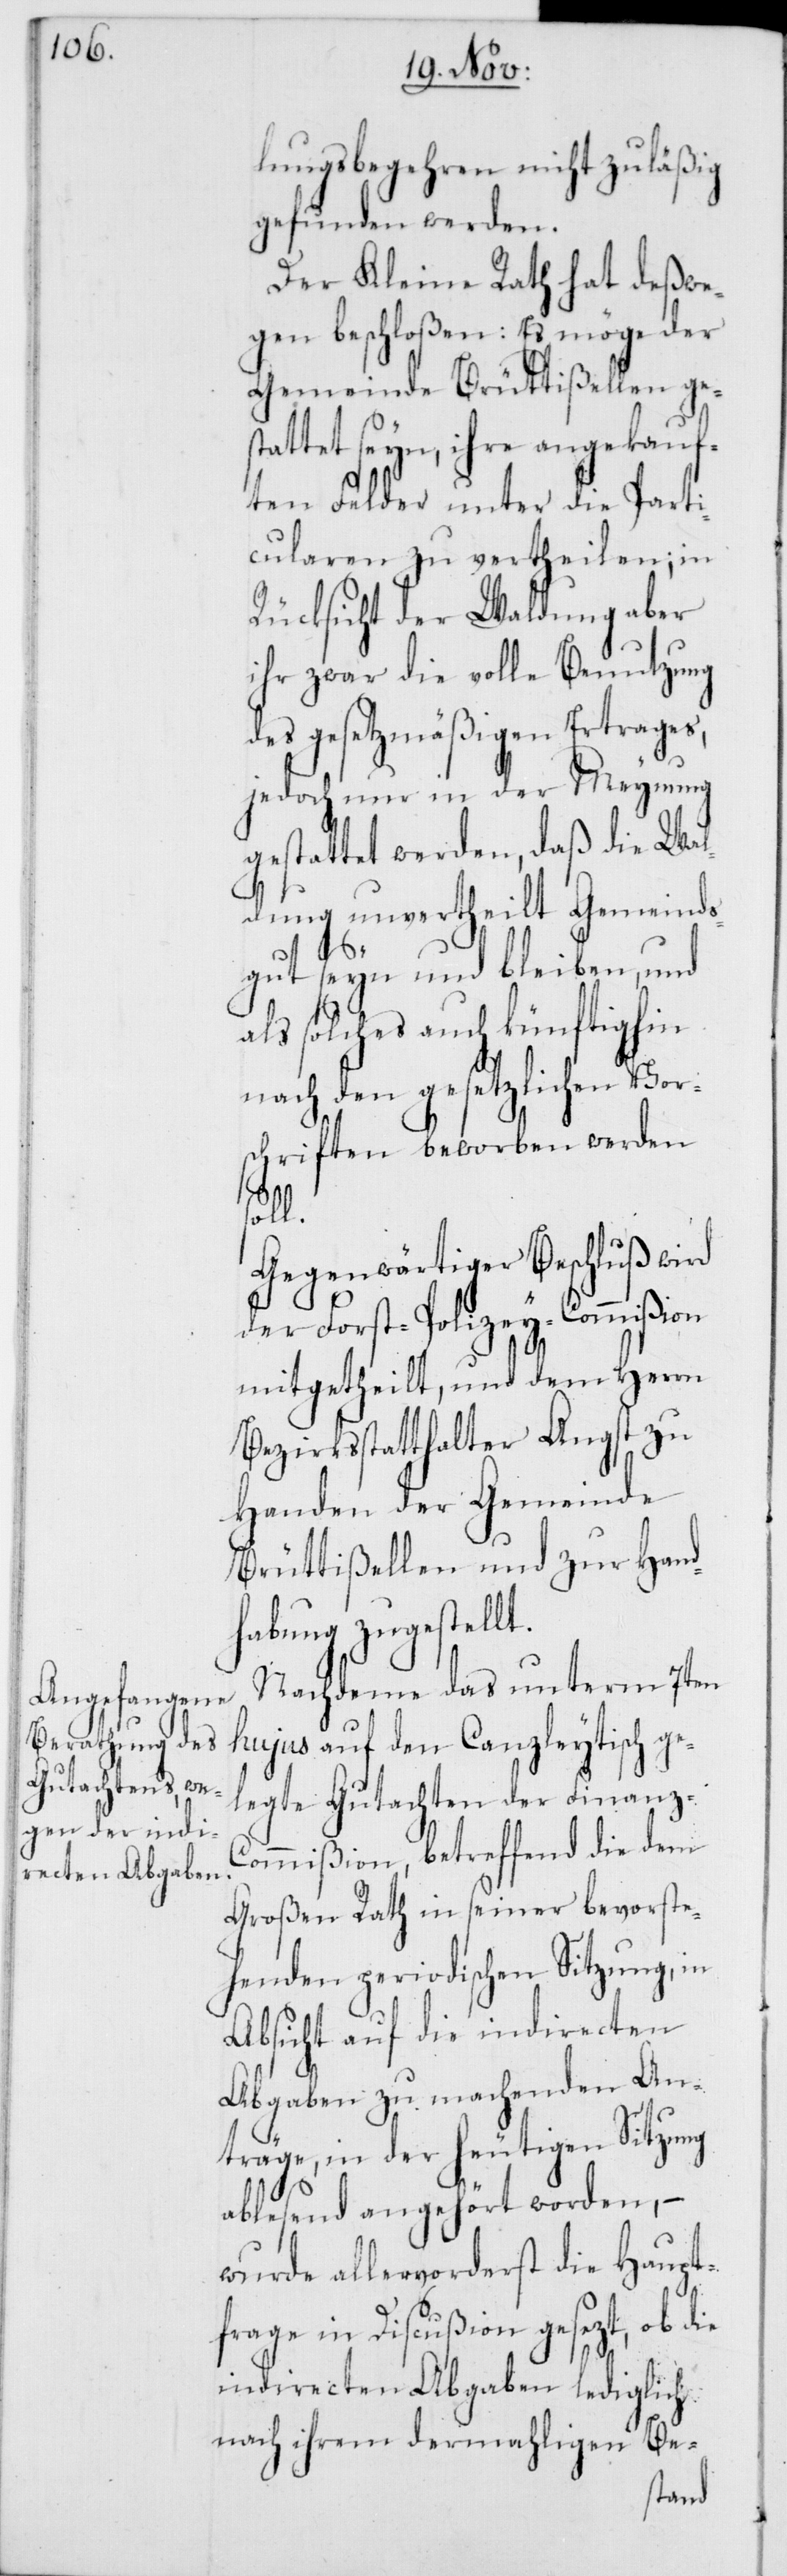
lungsbegehren nicht zuläßig
gefunden werden.
Der Kleine Rath hat deßwe¬
gen beschloßen: Es möge der
Gemeinde Brüttißellen ge¬
stattet seyn, ihre angekauf¬
ten Felder unter die Parti¬
cularen zu vertheilen; in
Rücksicht der Waldung aber
ihr zwar die volle Benutzung
des gesetzmäßigen Ertrages,
jedoch nur in der Meynung
gestattet werden, daß die Wal¬
dung unvertheilt Gemeind¬
sgut seyn und bleiben, und
als solches auch künftighin
nach den gesetzlichen Vor¬
schriften beworben werden
soll.
Gegenwärtiger Beschluß wird
der Forst-Polizey-Commißion
mitgetheilt, und dem Herrn
Bezirksstatthalter Angst zu
Handen der Gemeinde
Brüttißellen und zur Hand¬
habung zugestellt.
Nachdeme das unterm 7ten
hujus auf den Canzleytisch ge¬
legte Gutachten der Finanz-C¬
ommißion, betreffend die dem
Großen Rath in seiner bevorste¬
henden periodischen Sitzung, in
Absicht auf die indirecten
Abgaben zu machenden An¬
träge, in der heutigen Sitzung
ablesend angehört worden, –
wurde allervorderst die Haupt¬
frage in Discußion gesezt, ob die
indirecten Abgaben lediglich
nach ihrem dermahligen Be-